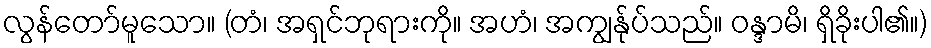
လွန်တော်မူသော။ (တံ၊ အရှင်ဘုရားကို။ အဟံ၊ အကျွန်ုပ်သည်။ ဝန္ဒာမိ၊ ရှိခိုးပါ၏။)